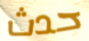
حدث